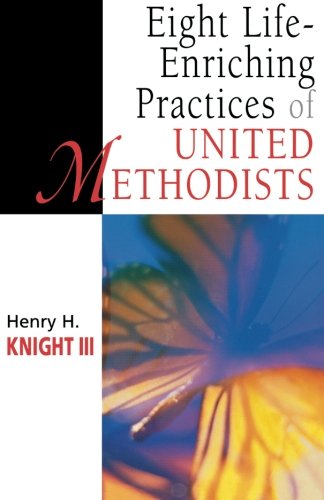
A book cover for Eight Life-Enriching Practices of United Methodists (United Methodist Studies); Henry H. III Knight; Christian Books & Bibles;